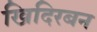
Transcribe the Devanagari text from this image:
खिदिरबन